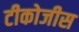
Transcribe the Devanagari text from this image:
टीकोजीस